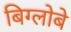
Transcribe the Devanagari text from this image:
बिग्लोबे